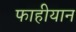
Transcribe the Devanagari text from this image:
फाहीयान